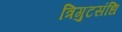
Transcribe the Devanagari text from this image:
त्रिगुटसंधि